Vaccination in Bombay 1863-1868 - 1863-1868
Year: 1863
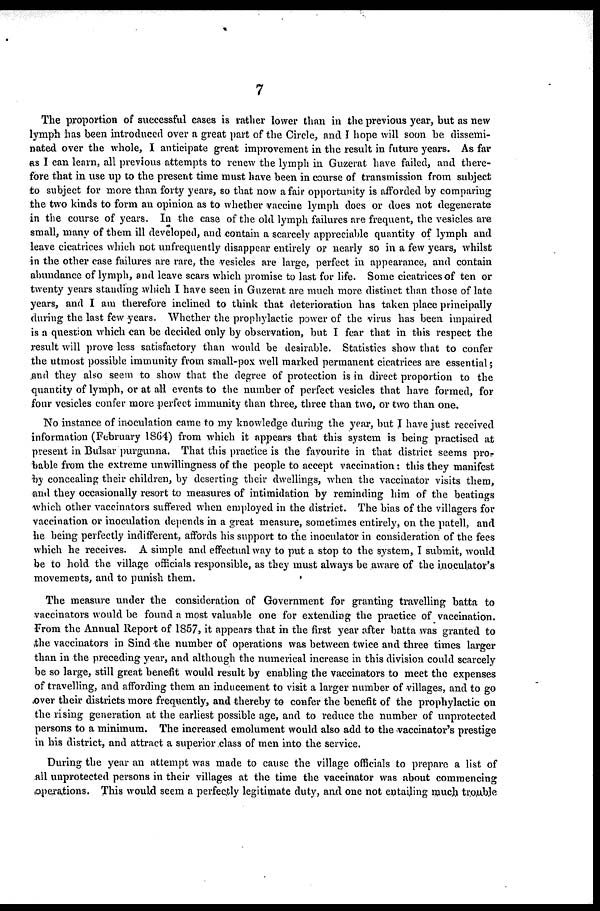
7
The proportion of successful cases is rather lower than in the previous year, but as new
lymph has been introduced over a great part of the Circle, and I hope will soon be dissemi-
nated over the whole, I anticipate great improvement in the result in future years. As far
as I can learn, all previous attempts to renew the lymph in Guzerat have failed, and there-
fore that in use up to the present time must have been in course of transmission from subject
to subject for more than forty years, so that now a fair opportunity is afforded by comparing
the two kinds to form an opinion as to whether vaccine lymph does or does not degenerate
in the course of years. In the case of the old lymph failures are frequent, the vesicles are
small, many of them ill developed, and contain a scarcely appreciable quantity of lymph and
leave cicatrices which not unfrequently disappear entirely or nearly so in a few years, whilst
in the other case failures are rare, the vesicles are large, perfect in appearance, and contain
abundance of lymph, and leave scars which promise to last for life. Some cicatrices of ten or
twenty years standing which I have seen in Guzerat are much more distinct than those of late
years, and I am therefore inclined to think that deterioration has taken place principally
during the last few years. Whether the prophylactic power of the virus has been impaired
is a question which can be decided only by observation, but I fear that in this respect the
result will prove less satisfactory than would be desirable. Statistics show that to confer
the utmost possible immunity from small-pox well marked permanent cicatrices are essential ;
and they also seem to show that the degree of protection is in direct proportion to the
quantity of lymph, or at all events to the number of perfect vesicles that have formed, for
four vesicles confer more perfect immunity than three, three than two, or two than one.
No instance of inoculation came to my knowledge during the year, but J have just received
information (February 1864) from which it appears that this system is being practised at
present in Bulsar purgunna. That this practice is the favourite in that district seems pro-
bable from the extreme unwillingness of the people to accept vaccination: this they manifest
by concealing their children, by deserting their dwellings, when the vaccinator visits them,
and they occasionally resort to measures of intimidation by reminding him of the beatings
which other vaccinators suffered when employed in the district. The bias of the villagers for
vaccination or inoculation depends in a great measure, sometimes entirely, on the patell, and
he being perfectly indifferent, affords his support to the inoculator in consideration of the fees
which he receives. A simple and effectual way to put a stop to the system, I submit, would
be to hold the village officials responsible, as they must always be aware of the inoculator's
movements, and to punish them.
The measure under the consideration of Government for granting travelling batta to
vaccinators would be found a most valuable one for extending the practice of vaccination.
From the Annual Report of 1857, it appears that in the first year after batta was granted to
the vaccinators in Sind the number of operations was between twice and three times larger
than in the preceding year, and although the numerical increase in this division could scarcely
be so large, still great benefit would result by enabling the vaccinators to meet the expenses
of travelling, and affording them an inducement to visit a larger number of villages, and to go
over their districts more frequently, and thereby to confer the benefit of the prophylactic on
the rising generation at the earliest possible age, and to reduce the number of unprotected
persons to a minimum. The increased emolument would also add to the vaccinator's prestige
in his district, and attract a superior class of men into the service.
During the year an attempt was made to cause the village officials to prepare a list of
all unprotected persons in their villages at the time the vaccinator was about commencing
operations. This would seem a perfectly legitimate duty, and one not entailing much trouble